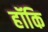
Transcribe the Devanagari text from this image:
हॉकि